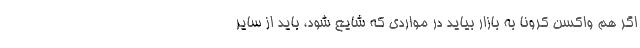
اگر هم واکسن کرونا به بازار بیاید در مواردی که شایع شود، باید از سایر